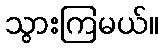
သွားကြမယ်။